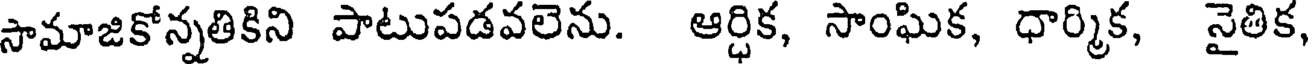
సామాజికోన్నతికిని పాటుపడవలెను. ఆర్ధిక, సాంఘిక, ధార్మిక, నైతిక,